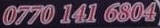
0770 141 6804